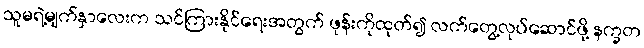
သူမရဲ့မျက်နှာလေးက သင်ကြားနိုင်ရေးအတွက် ဖုန်းကိုထုတ်၍ လက်တွေ့လုပ်ဆောင်ဖို့ နက္ခတ